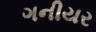
ગનીયર